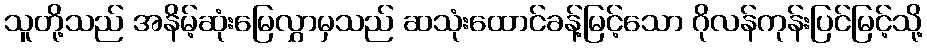
သူတို့သည် အနိမ့်ဆုံးမြေလွှာမှသည် ဆသုံးထောင်ခန့်မြင့်သော ဂိုလန်ကုန်းပြင်မြင့်သို့